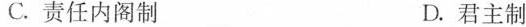
C.责任内阁制 D.君主制